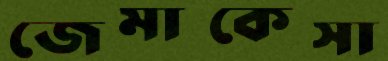
জেমাকেসা